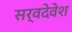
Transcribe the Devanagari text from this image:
सर्वदेवेश